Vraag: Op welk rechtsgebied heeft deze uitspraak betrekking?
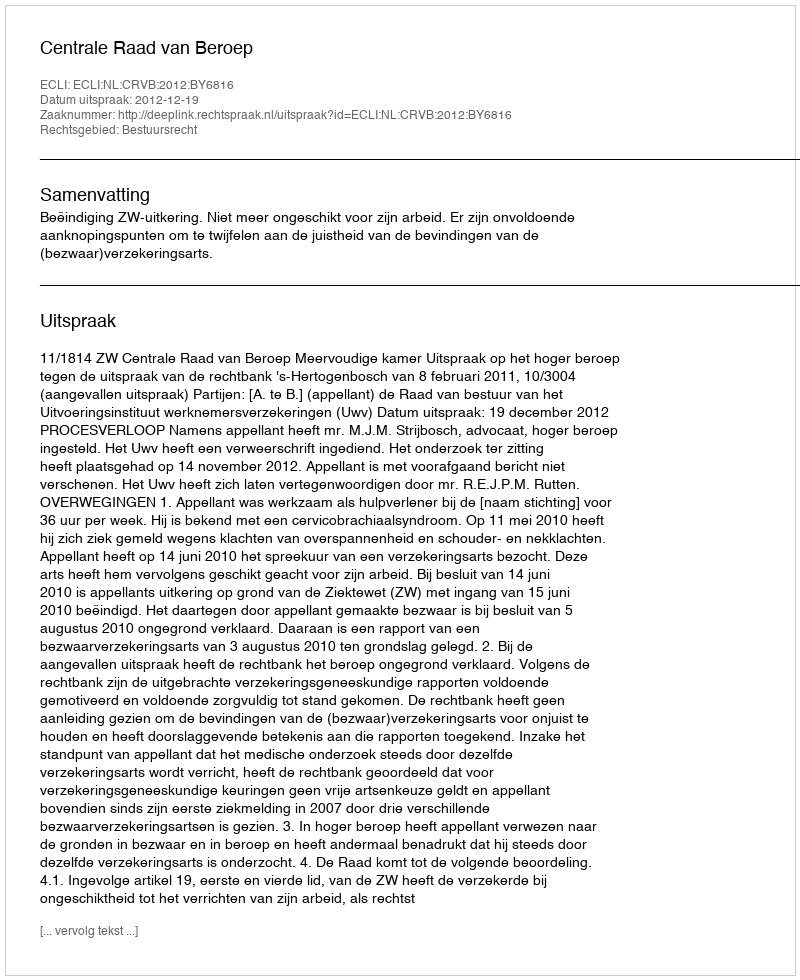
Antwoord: Bestuursrecht